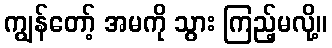
ကျွန်တော့် အမကို သွား ကြည့်မလို့။